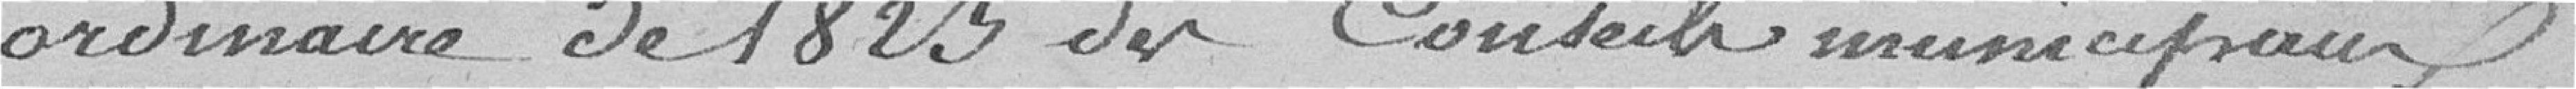
ordinaire de 1823 des Conseils municipaux.